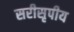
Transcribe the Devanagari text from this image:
सरीसृपीय